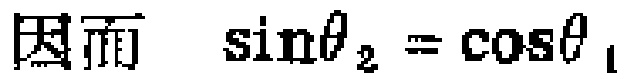
因而 \(\sin\theta_{2} = \cos\theta_{1}\)